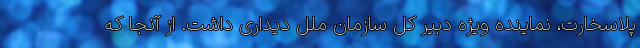
پلاسخارت، نماینده ویژه دبیر کل سازمان ملل دیداری داشت. از آنجا که